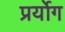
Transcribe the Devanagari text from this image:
प्रर्योग